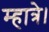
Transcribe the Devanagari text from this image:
म्हात्रे।